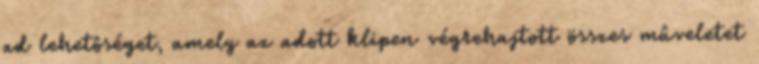
ad lehetôséget, amely az adott klipen végrehajtott összes mûveletet